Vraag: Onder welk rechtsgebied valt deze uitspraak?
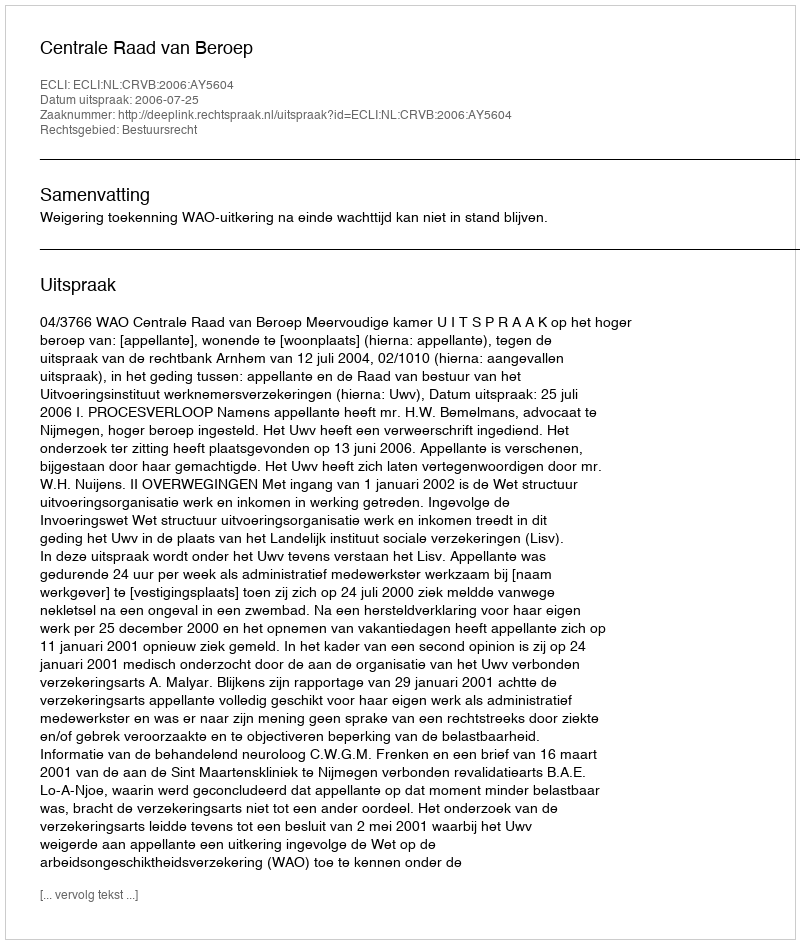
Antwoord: Bestuursrecht